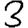
Digit: 3